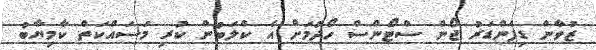
ޒުވާން ޑިފެންޑަރު ޖޯން ސްޓޯންސް ހޯދުމަށް އެ ކްލަބުން ކުރި މަސައްކަތް ކާމިޔާބު